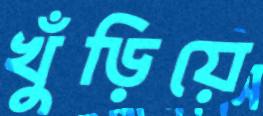
খুঁড়িয়ে